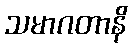
သမာဂတာနိ